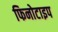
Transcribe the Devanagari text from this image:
फिनोटाइप